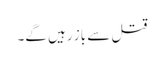
قتل سے باز رہیں گے۔